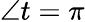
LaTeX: \angle t=\pi